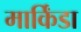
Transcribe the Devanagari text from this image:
मार्किंडा